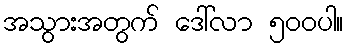
အသွားအတွက် ဒေါ်လာ ၅၀၀ပါ။